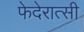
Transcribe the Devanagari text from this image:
फेदेरात्सी